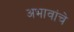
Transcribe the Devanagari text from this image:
अभावांचे